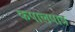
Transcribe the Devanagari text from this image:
कपालपात्र